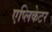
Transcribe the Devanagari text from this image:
एप्लिकेटर